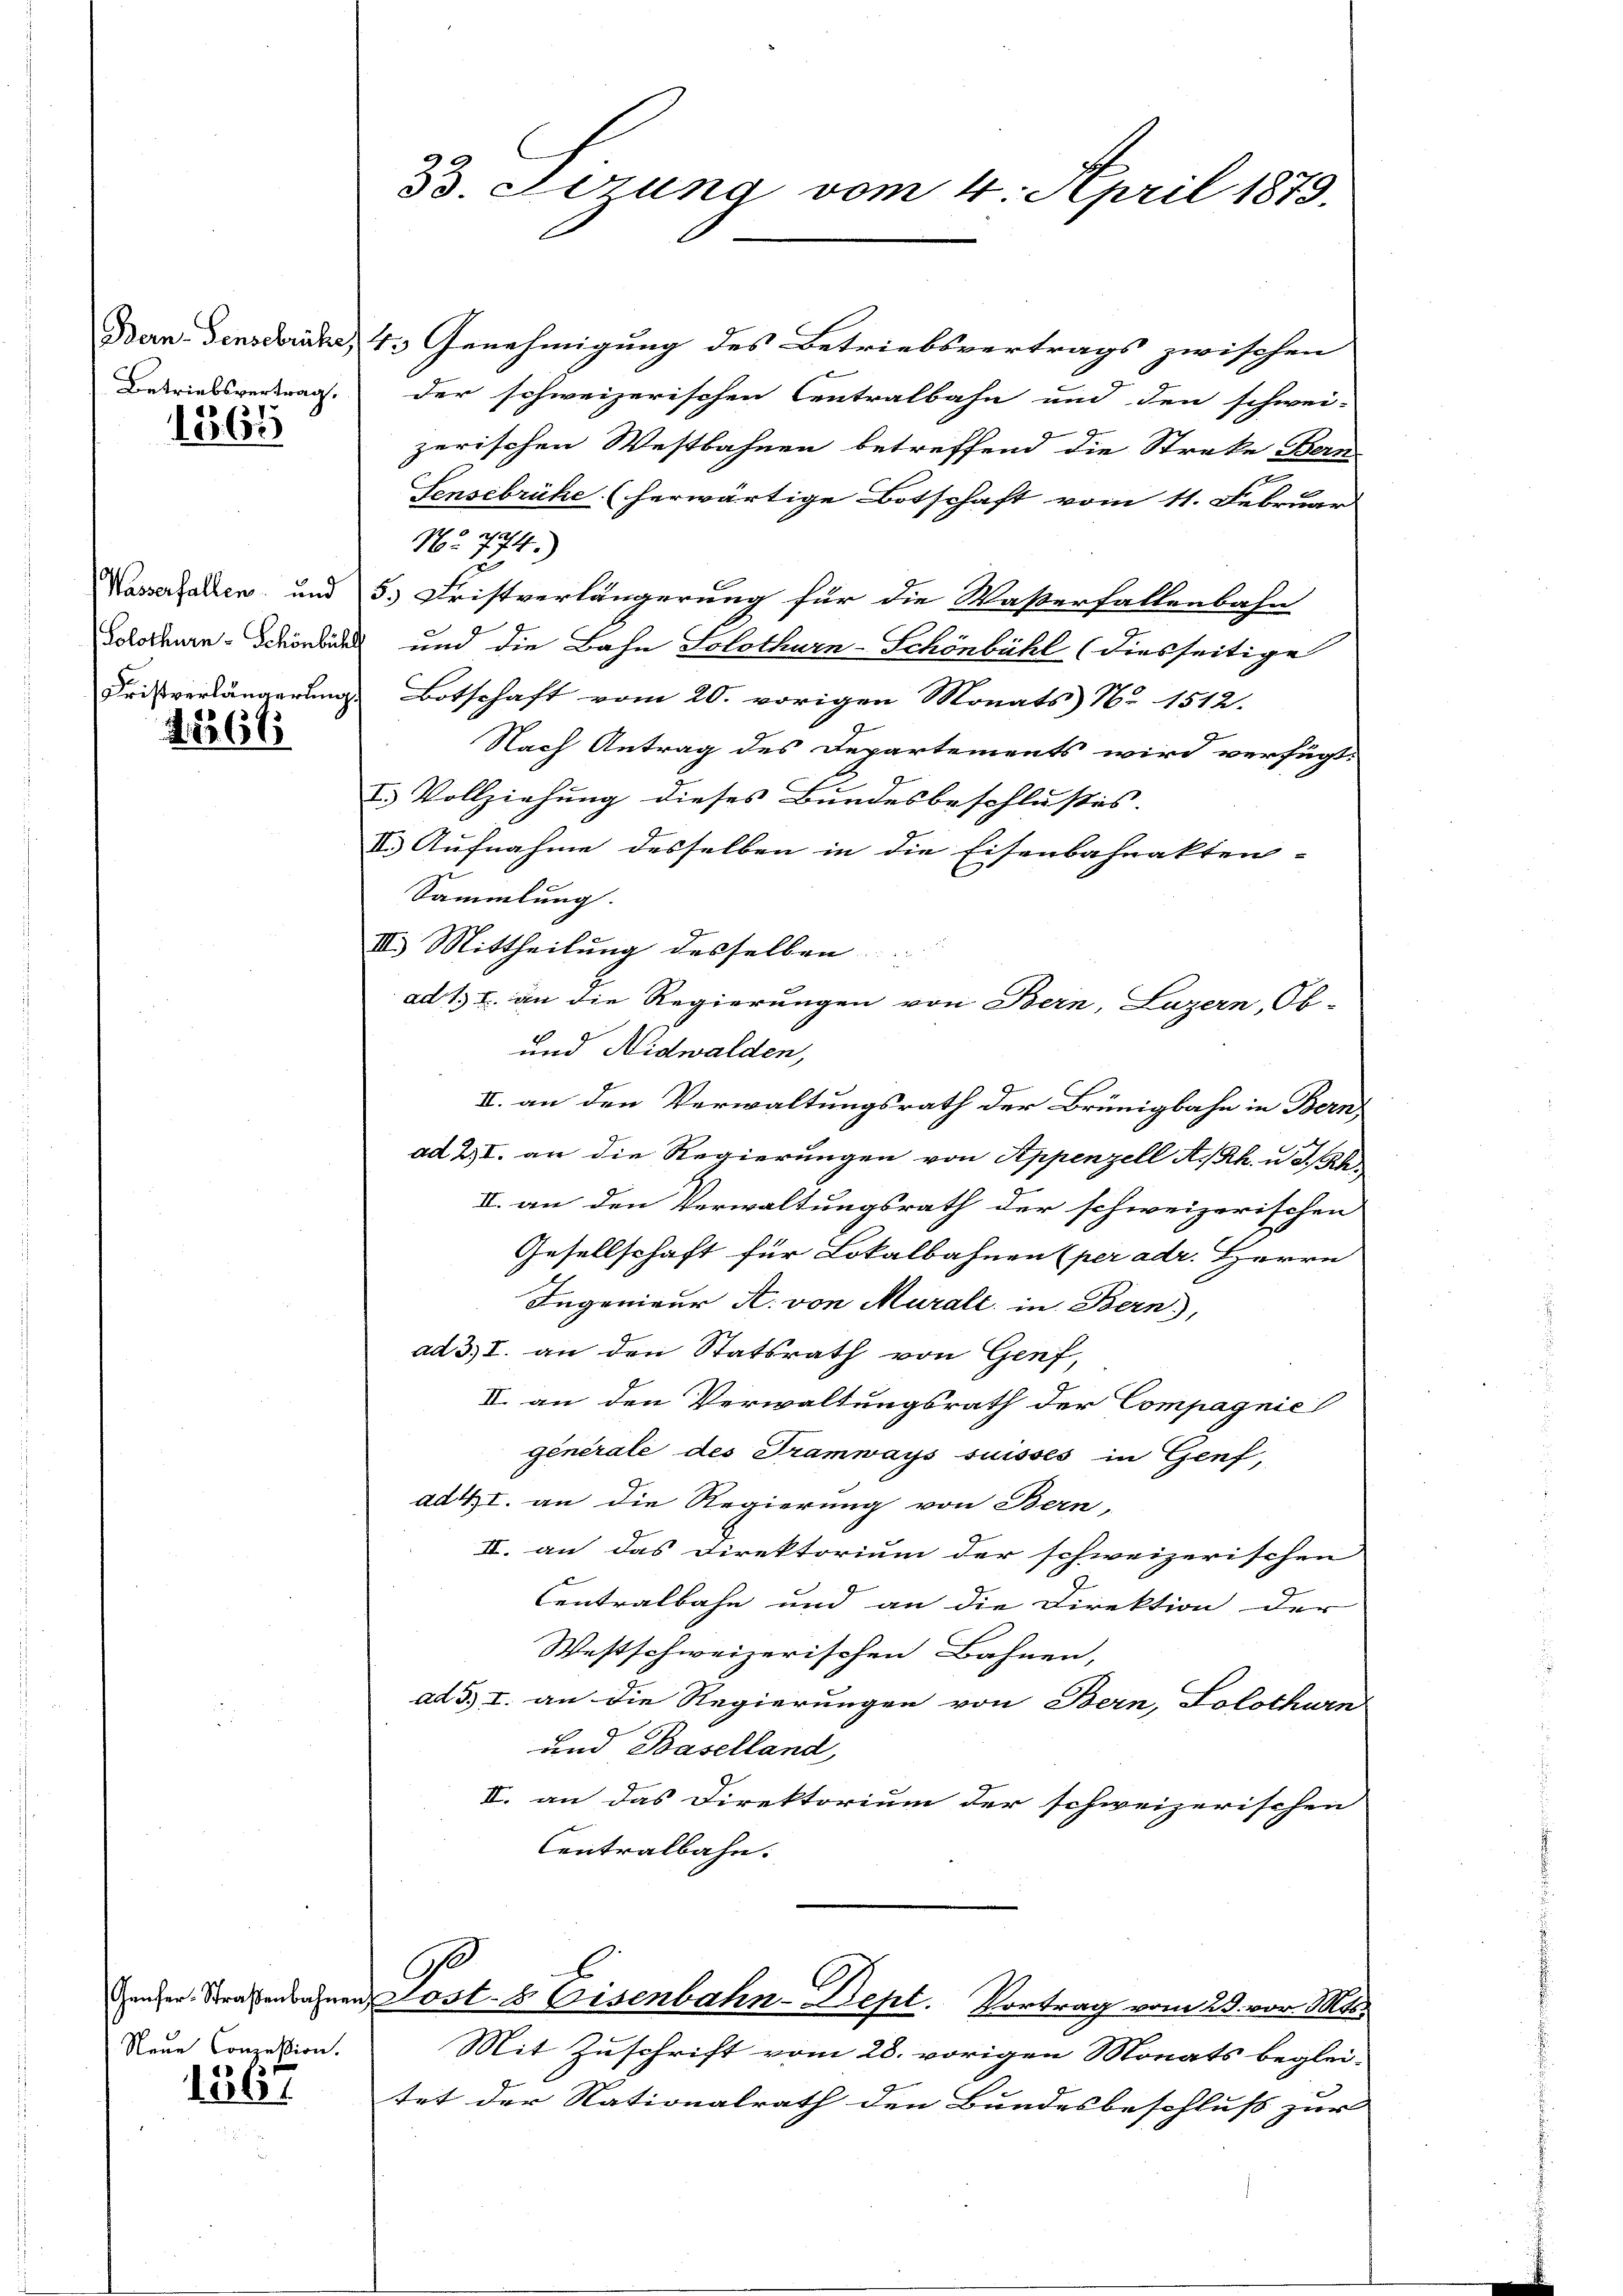
Betriebsvertrag,

1865

Wasserfallen und
Solothurn - Schönbühl
Fristverlängerung

2566

Genfer-Straßenbahnen,
Neue Conzession.

1367

B. Serung vom 4. April 1879.

Bern Genschränen 4. Genehmigung des Betriebsvertrags zwischen
der schweizerischen Centralbahn und den schwei-
zerischen Westbahnen betreffend die Streke Bern
u
Sensebrühe. (herwärtige Botschaft vom 11. Februar
No. 774.)
3. Fristverlängerung für die Wasserfallenbahn
und die Bahn Solothurn-Schönbühl (diesseitige
Botschaft vom 20. vorigen Monats No 1512.
Nach Antrag des Departements wird verfügt:
E
I. Vollziehung dieses Bundesbeschlusses.
VI. Aufnahme desselben in die Eisenbahnakten-
Sammlung. |
III. Mittheilung desselben
ad 1. c. an die Regierungen von Bern, Luzern, Ob-
und Nidwalden,
II. an den Verwaltungsrath der Brünigbahn in Bern
ad 2, I. an die Regierungen von Appenzell A.Rh. u. a. Rh
II. an den Verwaltungsrath der schweizerischen
Gesellschaft für Lokalbahnen (per adr. Herrn
Ingenieur A. von Muralt in Bern),
ad 3., I. an den Statsrath von Genf,
II. an den Verwaltungsrath der Compagnie
générale des Tramways suisses in Genf,
dd 4, I. an die Regierung von Bern-
II. an das Direktorium der schweizerischen
Centralbahn und an die Direktion der
Westschweizerischen Bahnen,
ad 3. I. an die Regierungen von Bern, Solothurn
und Baselland
II. an das Direktorium der schweizerischen
Centralbahn.

Mit Zuschrift vom 28. vorigen Monats beglei-
tet der Nationalrath den Bundesbeschluss zur

.
E
Sost. Eisenbahn-Dept. Vortrag vom 29. vor. Mts.